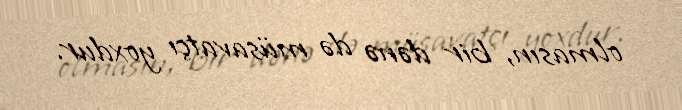
olmasın, bir dənə də müsavatçı yoxdur.